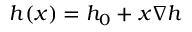
h ( x ) = h _ { 0 } + x \nabla h